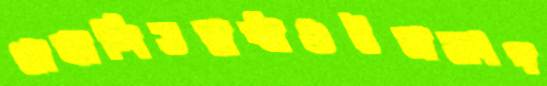
প্রাকাশিতস্রষ্ঠাগুটসসংগ